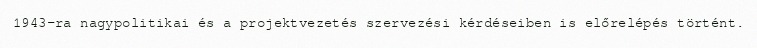
1943-ra nagypolitikai és a projektvezetés szervezési kérdéseiben is előrelépés történt.